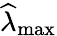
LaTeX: \widehat{\lambda}_{\mathrm{{max}}}